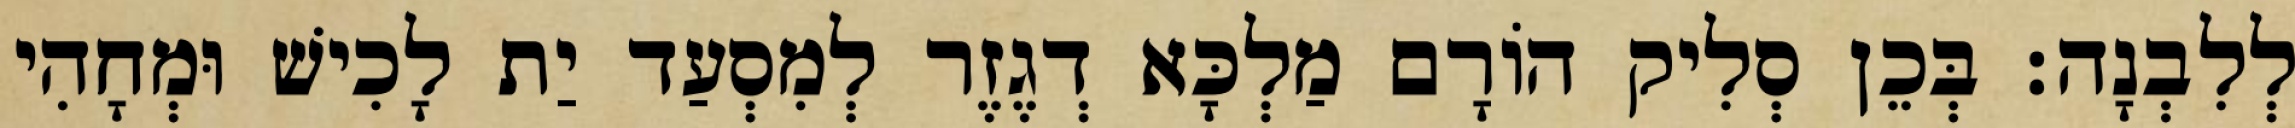
לְלִבְנָה׃ בְּכֵן סְלִיק הוֹרָם מַלְכָּא דְגֶזֶר לְמִסְעַד יַת לָכִישׁ וּמְחָהִי